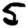
Digit: 5